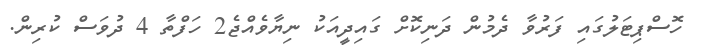
ހޮސްޕިޓަލުގައި ފަރުވާ ދެމުން ދަނިކޮށް ގައިދީއަކު ނިޔާވެއްޖެ2 ހަފްތާ 4 ދުވަސް ކުރިން.